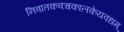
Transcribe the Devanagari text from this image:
निवातकवचकालकेयवधम्